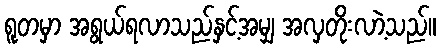
ရူတမှာ အရွယ်ရလာသည်နှင့်အမျှ အလှတိုးလာဲ့သည်။